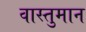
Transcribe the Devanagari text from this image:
वास्तुमान